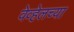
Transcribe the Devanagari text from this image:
वेव्हेलच्या